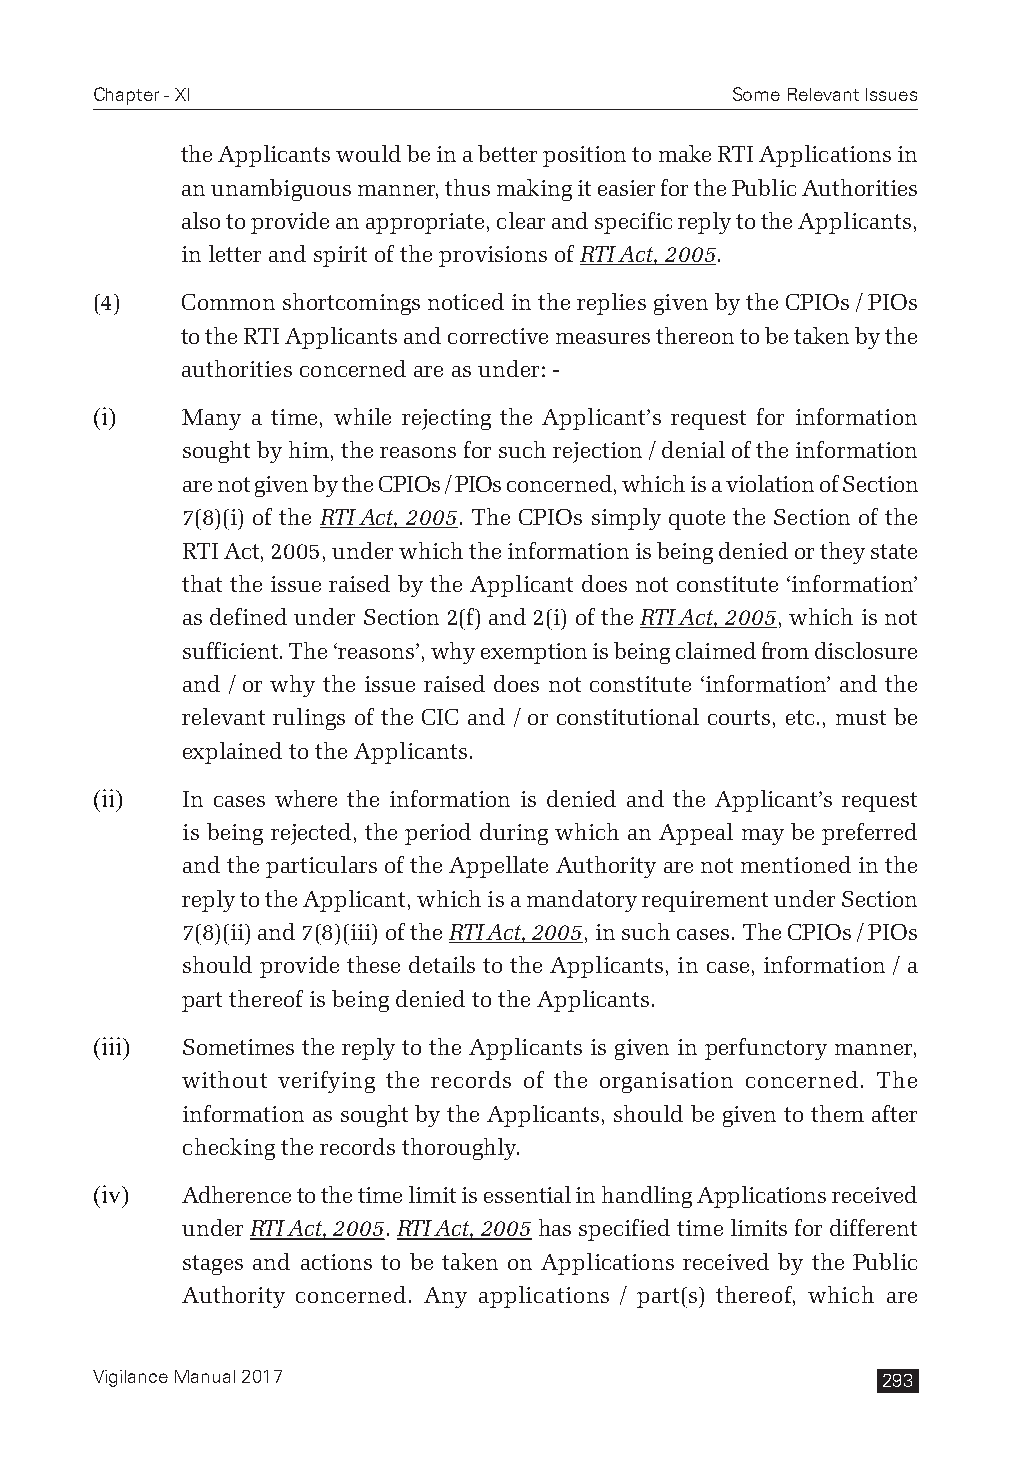
Chapter - XI                              Some Relevant Issues
 the Applicants would be in a better position to make RTI Applications in
 an unambiguous manner, thus making it easier for the Public Authorities
 also to provide an appropriate, clear and specific reply to the Applicants,
 in letter and spirit of the provisions of RTI Act, 2005.
 (4)   Common shortcomings noticed in the replies given by the CPIOs / PIOs
 to the RTI Applicants and corrective measures thereon to be taken by the
 authorities concerned are as under: -
 (i)   Many a time, while rejecting the Applicant’s request for information
 sought by him, the reasons for such rejection / denial of the information
 are not given by the CPIOs / PIOs concerned, which is a violation of Section
 7(8)(i) of the RTI Act, 2005. The CPIOs simply quote the Section of the
 RTI Act, 2005, under which the information is being denied or they state
 that the issue raised by the Applicant does not constitute ‘information’
 as defined under Section 2(f) and 2(i) of the RTI Act, 2005, which is not
 sufficient. The ‘reasons’, why exemption is being claimed from disclosure
 and / or why the issue raised does not constitute ‘information’ and the
 relevant rulings of the CIC and / or constitutional courts, etc., must be
 explained to the Applicants.
 (ii)  In cases where the information is denied and the Applicant’s request
 is being rejected, the period during which an Appeal may be preferred
 and the particulars of the Appellate Authority are not mentioned in the
 reply to the Applicant, which is a mandatory requirement under Section
 7(8)(ii) and 7(8)(iii) of the RTI Act, 2005, in such cases. The CPIOs / PIOs
 should provide these details to the Applicants, in case, information / a
 part thereof is being denied to the Applicants.
 (iii) Sometimes the reply to the Applicants is given in perfunctory manner,
 without verifying the records of the organisation concerned. The
 information as sought by the Applicants, should be given to them after
 checking the records thoroughly.
 (iv)  Adherence to the time limit is essential in handling Applications received
 under RTI Act, 2005. RTI Act, 2005 has specified time limits for different
 stages and actions to be taken on Applications received by the Public
 Authority concerned. Any applications / part(s) thereof, which are
 Vigilance Manual 2017                               293